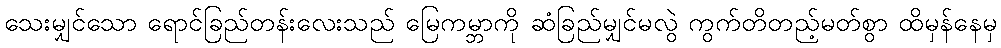
သေးမျှင်သော ရောင်ခြည်တန်းလေးသည် မြေကမ္ဘာကို ဆံခြည်မျှင်မလွဲ ကွက်တိတည့်မတ်စွာ ထိမှန်နေမှ